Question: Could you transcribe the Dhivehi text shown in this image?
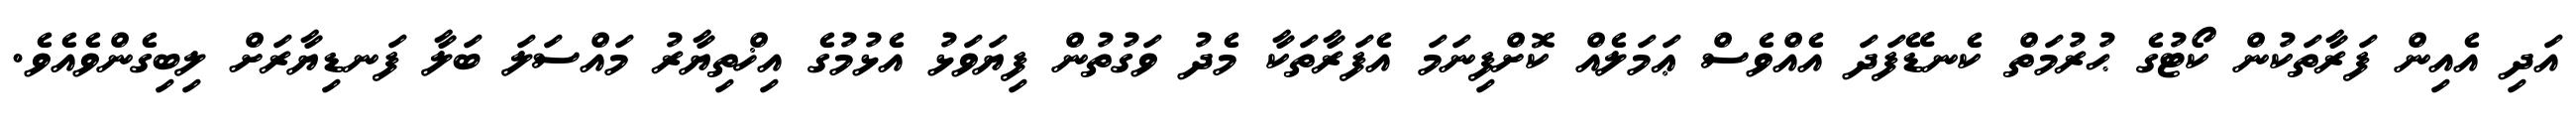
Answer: އަދި އެއިން ފަރާތަކުން ކޯޓުގެ ޙުރުމަތް ކެނޑޭފަދަ އެއްވެސް ޢަމަލެއް ކޮށްފިނަމަ އެފަރާތަކާ މެދު ވަގުތުން ފިޔަވަޅު އެޅުމުގެ އިޚްތިޔާރު މައްސަލަ ބަލާ ފަނޑިޔާރަށް ލިބިގެންވެއެވެ.